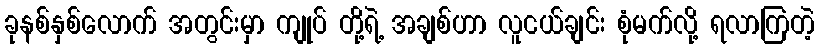
ခုနစ်နှစ်လောက် အတွင်းမှာ ကျုပ် တို့ရဲ့ အချစ်ဟာ လူငယ်ချင်း စုံမက်လို့ ရလာကြတဲ့